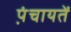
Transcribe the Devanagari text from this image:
प़ंचायतें